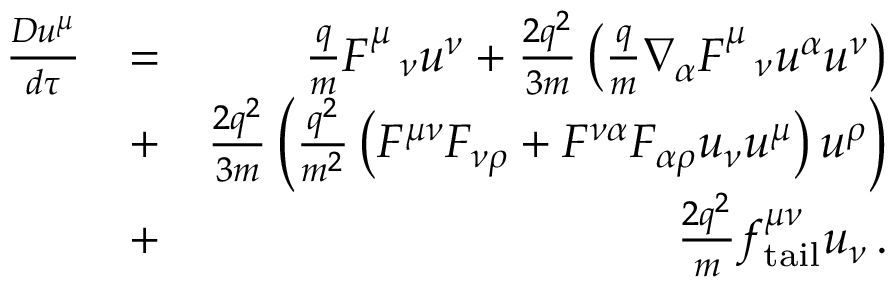
\begin{array} { r l r } { \frac { D u ^ { \mu } } { d \tau } } & { = } & { \frac { q } { m } F _ { \ \ \nu } ^ { \mu } u ^ { \nu } + \frac { 2 q ^ { 2 } } { 3 m } \left( \frac { q } { m } \nabla _ { \alpha } F _ { \ \ \nu } ^ { \mu } u ^ { \alpha } u ^ { \nu } \right) } \\ & { + } & { \frac { 2 q ^ { 2 } } { 3 m } \left( \frac { q ^ { 2 } } { m ^ { 2 } } \left( F ^ { \mu \nu } F _ { \nu \rho } + F ^ { \nu \alpha } F _ { \alpha \rho } u _ { \nu } u ^ { \mu } \right) u ^ { \rho } \right) } \\ & { + } & { \frac { 2 q ^ { 2 } } { m } f _ { \mathrm { t a i l } } ^ { \mu \nu } u _ { \nu } \, . } \end{array}